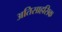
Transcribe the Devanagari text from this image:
अतिसाहसिक